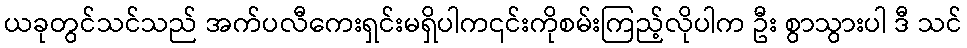
ယခုတွင်သင်သည် အက်ပလီကေးရှင်းမရှိပါက၎င်းကိုစမ်းကြည့်လိုပါက ဦး စွာသွားပါ ဒီ သင်